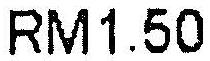
RM1.50